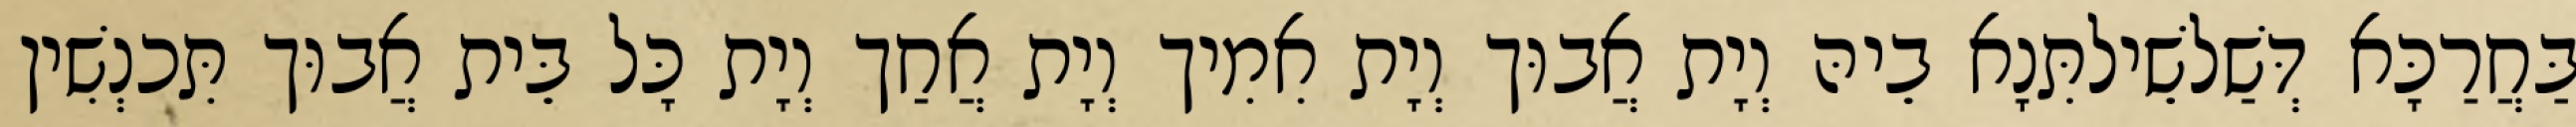
בַּחֲרַכָּא דְּשַׁלשֵׁילתִּנָא בֵיהּ וְיָת אֲבוּך וְיָת אִמִיך וְיָת אֲחַך וְיָת כָּל בֵּית אֲבוּך תִּכנְשִׁין